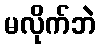
မလိုက်ဘဲ